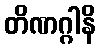
တိဏဂ္ဂါနိ